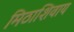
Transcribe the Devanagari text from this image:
मिठाशिवाय